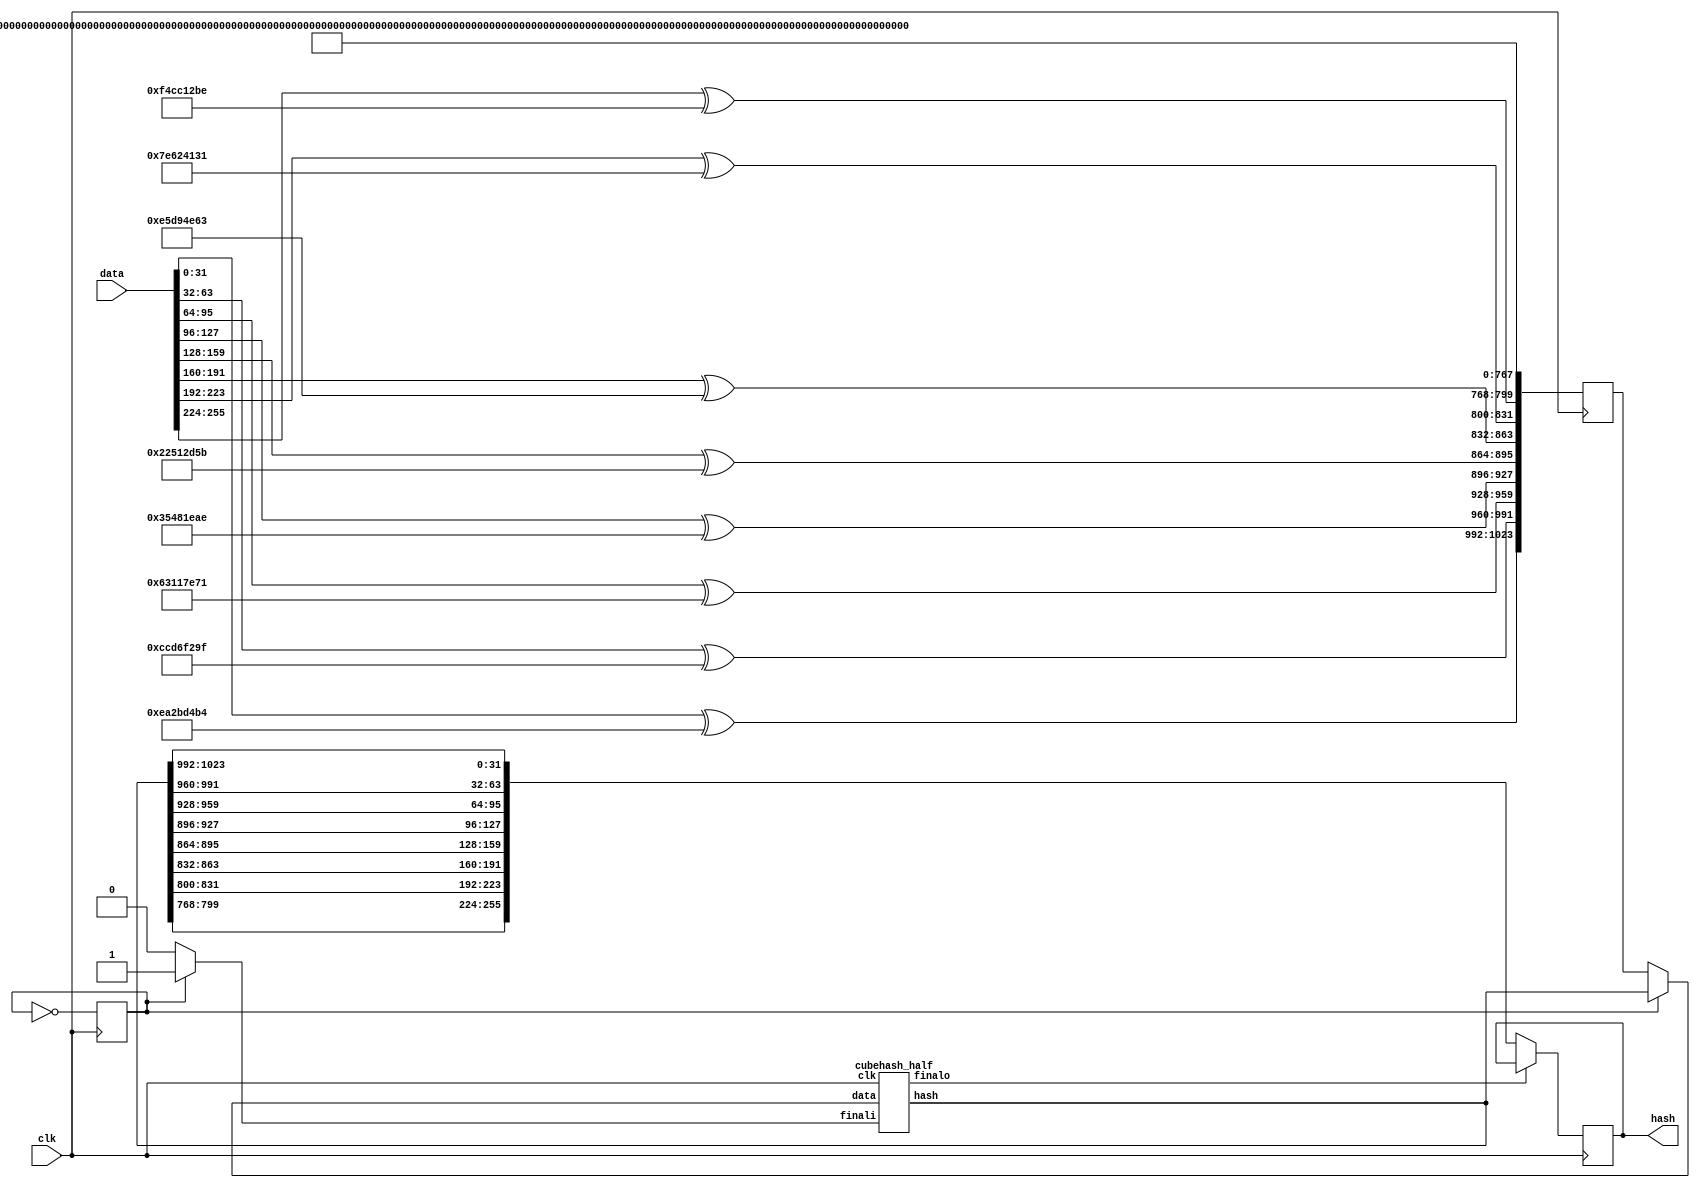
module cubehash (
	input clk,
	input [255:0] data,
	output [255:0] hash
);
	
	wire [255:0] data_le = data;
	reg [255:0] hash_le;

	assign hash = hash_le;


	reg [1023:0] i0;

	wire [1023:0] data_out;
	wire [1023:0] data_in;
	wire finalo;
	reg [1023:0] data_out_loop;
	wire finali;
	
	reg state = 0;
	
	always @(posedge clk)
	begin
		state <= ~state;
		data_out_loop <= data_out;
	end
	assign data_in = (~state) ? i0 : data_out;
	assign finali = (~state) ? 1'b0 : 1'b1;
	
	cubehash_half cubehash_half_inst(clk, finali, data_in, data_out, finalo);
	
	always @ (posedge clk) begin

		i0[1023:992] <= data_le[  0 +: 32] ^ 32'hEA2BD4B4;
		i0[991:960]  <= data_le[ 32 +: 32] ^ 32'hCCD6F29F;
		i0[959:928]  <= data_le[ 64 +: 32] ^ 32'h63117E71;
		i0[927:896]  <= data_le[ 96 +: 32] ^ 32'h35481EAE;
		i0[895:864]  <= data_le[128 +: 32] ^ 32'h22512D5B;
		i0[863:832]  <= data_le[160 +: 32] ^ 32'hE5D94E63;
		i0[831:800]  <= data_le[192 +: 32] ^ 32'h7E624131;
		i0[799:768]  <= data_le[224 +: 32] ^ 32'hF4CC12BE;
		i0[767:  0]  <= {32'hC2D0B696, 32'h42AF2070, 32'hD0720C35, 32'h3361DA8C,
							  32'h28CCECA4, 32'h8EF8AD83, 32'h4680AC00, 32'h40E5FBAB, 
							  32'hD89041C3, 32'h6107FBD5,	32'h6C859D41, 32'hF0B26679, 
							  32'h09392549, 32'h5FA25603, 32'h65C892FD, 32'h93CB6285,
							  32'h2AF2B5AE, 32'h9E4B4E60, 32'h774ABFDD, 32'h85254725, 
							  32'h15815AEB, 32'h4AB6AAD6, 32'h9CDAF8AF, 32'hD6032C0A};
		if (~finalo)
			hash_le <= {
				data_out[799:768],
				data_out[831:800],
				data_out[863:832],
				data_out[895:864],
				data_out[927:896],
				data_out[959:928],
				data_out[991:960],
				data_out[1023:992]
			};
	end

endmodule
///////////////////////////////////////////////
module cubehash_half (
	input clk,
	
	input finali,
	input [1023:0] data,
	output reg [1023:0] hash,
	output finalo
);
	localparam DELAY = 107;
	integer j;

	reg final_temp[0:DELAY];
	always @(posedge clk)
	begin				  
		 final_temp[0] <= finali;
		 for (j = 0; j < DELAY; j = j + 1)
			  final_temp[j+1] <= final_temp[j];
	end
	assign finalo = final_temp[DELAY];
	

	reg [1023:0] i0,i1,i2,i3,i4,i5;
	wire [1023:0] o0,o1,o2,o3,o4,o5;
	
	cube_round cr0 (clk, i0, o0);
	cube_round cr1 (clk, i1, o1);
	cube_round cr2 (clk, i2, o2);
	cube_round cr3 (clk, i3, o3);
	cube_round cr4 (clk, i4, o4);
	cube_round cr5 (clk, i5, o5);
	
	always @(*)
	begin
		i0 = data;
		hash = o5;
	end
	
	always @(posedge clk)
	begin
		if (~final_temp[15])
			begin
				i1[1023:1000] <= o0[1023:1000];
				i1[999:992] <= o0[999:992] ^ 8'h80;
				i1[991:  0] <= o0[991:  0];
			end
		else
			begin
				i1 <= o0;
			end
			
		if (~final_temp[32])
			begin
				i2 <= o1;
				i2[1023:8] <= o1[1023:8];
				i2[7:0] <= o1[7:0] ^ 8'h01;
			end
		else
			begin
				i2 <= o1;
			end
		
		i3 <= o2;
		i4 <= o3;
		i5 <= o4;
	end
endmodule
///////////////////////////////////////////////
module cube_round (
	input clk,
	input [1023:0] in,
	output [1023:0] out
);

	wire [1023:0] r0, r1, r2, r3, r4, r5, r6;
	
	cube_round_mix rm0 (clk, in, r0);
	cube_round_mix rm1 (clk, r0, r1);
	cube_round_mix rm2 (clk, r1, r2);
	cube_round_mix rm3 (clk, r2, r3);
	cube_round_mix rm4 (clk, r3, r4);
	cube_round_mix rm5 (clk, r4, r5);
	cube_round_mix rm6 (clk, r5, r6);
	cube_round_mix rm7 (clk, r6, out);

endmodule

module cube_round_mix (
	input clk,
	input [1023:0] in,
	output [1023:0] out
);

	wire [1023:0] rm;

	cube_round_mix_1 rm1 (clk, in, rm);
	cube_round_mix_2 rm2 (clk, rm, out);

endmodule

module cube_round_mix_1 (
	input clk,
	input [1023:0] in,
	output [1023:0] out
);

	reg [31:0] x0, x1, x2, x3, x4, x5, x6, x7;
	reg [31:0] x8, x9, xa, xb, xc, xd, xe, xf;
	reg [31:0] xg, xh, xi, xj, xk, xl, xm, xn;
	reg [31:0] xo, xp, xq, xr, xs, xt, xu, xv;
	
	assign out = { x0, x1, x2, x3, x4, x5, x6, x7, x8, x9, xa, xb, xc, xd, xe, xf, xg, xh, xi, xj, xk, xl, xm, xn, xo, xp, xq, xr, xs, xt, xu, xv };

	always @ (posedge clk) begin
	
		{ x0, x1, x2, x3, x4, x5, x6, x7, x8, x9, xa, xb, xc, xd, xe, xf, xg, xh, xi, xj, xk, xl, xm, xn, xo, xp, xq, xr, xs, xt, xu, xv } = in;

		xg = x0 + xg;
		x0 = { x0[24:0], x0[31:25] };
		xh = x1 + xh;
		x1 = { x1[24:0], x1[31:25] };
		xi = x2 + xi;
		x2 = { x2[24:0], x2[31:25] };
		xj = x3 + xj;
		x3 = { x3[24:0], x3[31:25] };
		xk = x4 + xk;
		x4 = { x4[24:0], x4[31:25] };
		xl = x5 + xl;
		x5 = { x5[24:0], x5[31:25] };
		xm = x6 + xm;
		x6 = { x6[24:0], x6[31:25] };
		xn = x7 + xn;
		x7 = { x7[24:0], x7[31:25] };
		xo = x8 + xo;
		x8 = { x8[24:0], x8[31:25] };
		xp = x9 + xp;
		x9 = { x9[24:0], x9[31:25] };
		xq = xa + xq;
		xa = { xa[24:0], xa[31:25] };
		xr = xb + xr;
		xb = { xb[24:0], xb[31:25] };
		xs = xc + xs;
		xc = { xc[24:0], xc[31:25] };
		xt = xd + xt;
		xd = { xd[24:0], xd[31:25] };
		xu = xe + xu;
		xe = { xe[24:0], xe[31:25] };
		xv = xf + xv;
		xf = { xf[24:0], xf[31:25] };
		x8 = x8 ^ xg;
		x9 = x9 ^ xh;
		xa = xa ^ xi;
		xb = xb ^ xj;
		xc = xc ^ xk;
		xd = xd ^ xl;
		xe = xe ^ xm;
		xf = xf ^ xn;
		x0 = x0 ^ xo;
		x1 = x1 ^ xp;
		x2 = x2 ^ xq;
		x3 = x3 ^ xr;
		x4 = x4 ^ xs;
		x5 = x5 ^ xt;
		x6 = x6 ^ xu;
		x7 = x7 ^ xv;
		xi = x8 + xi;
		x8 = { x8[20:0], x8[31:21] };
		xj = x9 + xj;
		x9 = { x9[20:0], x9[31:21] };
		xg = xa + xg;
		xa = { xa[20:0], xa[31:21] };
		xh = xb + xh;
		xb = { xb[20:0], xb[31:21] };
		xm = xc + xm;
		xc = { xc[20:0], xc[31:21] };
		xn = xd + xn;
		xd = { xd[20:0], xd[31:21] };
		xk = xe + xk;
		xe = { xe[20:0], xe[31:21] };
		xl = xf + xl;
		xf = { xf[20:0], xf[31:21] };
		xq = x0 + xq;
		x0 = { x0[20:0], x0[31:21] };
		xr = x1 + xr;
		x1 = { x1[20:0], x1[31:21] };
		xo = x2 + xo;
		x2 = { x2[20:0], x2[31:21] };
		xp = x3 + xp;
		x3 = { x3[20:0], x3[31:21] };
		xu = x4 + xu;
		x4 = { x4[20:0], x4[31:21] };
		xv = x5 + xv;
		x5 = { x5[20:0], x5[31:21] };
		xs = x6 + xs;
		x6 = { x6[20:0], x6[31:21] };
		xt = x7 + xt;
		x7 = { x7[20:0], x7[31:21] };
		xc = xc ^ xi;
		xd = xd ^ xj;
		xe = xe ^ xg;
		xf = xf ^ xh;
		x8 = x8 ^ xm;
		x9 = x9 ^ xn;
		xa = xa ^ xk;
		xb = xb ^ xl;
		x4 = x4 ^ xq;
		x5 = x5 ^ xr;
		x6 = x6 ^ xo;
		x7 = x7 ^ xp;
		x0 = x0 ^ xu;
		x1 = x1 ^ xv;
		x2 = x2 ^ xs;
		x3 = x3 ^ xt;

	end
	
endmodule

module cube_round_mix_2 (
	input clk,
	input [1023:0] in,
	output [1023:0] out
);

	reg [31:0] x0, x1, x2, x3, x4, x5, x6, x7;
	reg [31:0] x8, x9, xa, xb, xc, xd, xe, xf;
	reg [31:0] xg, xh, xi, xj, xk, xl, xm, xn;
	reg [31:0] xo, xp, xq, xr, xs, xt, xu, xv;
	
	assign out = { x0, x1, x2, x3, x4, x5, x6, x7, x8, x9, xa, xb, xc, xd, xe, xf, xg, xh, xi, xj, xk, xl, xm, xn, xo, xp, xq, xr, xs, xt, xu, xv };

	always @ (posedge clk) begin
	
		{ x0, x1, x2, x3, x4, x5, x6, x7, x8, x9, xa, xb, xc, xd, xe, xf, xg, xh, xi, xj, xk, xl, xm, xn, xo, xp, xq, xr, xs, xt, xu, xv } = in;

		xj = xc + xj;
		xc = { xc[24:0], xc[31:25] };
		xi = xd + xi;
		xd = { xd[24:0], xd[31:25] };
		xh = xe + xh;
		xe = { xe[24:0], xe[31:25] };
		xg = xf + xg;
		xf = { xf[24:0], xf[31:25] };
		xn = x8 + xn;
		x8 = { x8[24:0], x8[31:25] };
		xm = x9 + xm;
		x9 = { x9[24:0], x9[31:25] };
		xl = xa + xl;
		xa = { xa[24:0], xa[31:25] };
		xk = xb + xk;
		xb = { xb[24:0], xb[31:25] };
		xr = x4 + xr;
		x4 = { x4[24:0], x4[31:25] };
		xq = x5 + xq;
		x5 = { x5[24:0], x5[31:25] };
		xp = x6 + xp;
		x6 = { x6[24:0], x6[31:25] };
		xo = x7 + xo;
		x7 = { x7[24:0], x7[31:25] };
		xv = x0 + xv;
		x0 = { x0[24:0], x0[31:25] };
		xu = x1 + xu;
		x1 = { x1[24:0], x1[31:25] };
		xt = x2 + xt;
		x2 = { x2[24:0], x2[31:25] };
		xs = x3 + xs;
		x3 = { x3[24:0], x3[31:25] };
		x4 = x4 ^ xj;
		x5 = x5 ^ xi;
		x6 = x6 ^ xh;
		x7 = x7 ^ xg;
		x0 = x0 ^ xn;
		x1 = x1 ^ xm;
		x2 = x2 ^ xl;
		x3 = x3 ^ xk;
		xc = xc ^ xr;
		xd = xd ^ xq;
		xe = xe ^ xp;
		xf = xf ^ xo;
		x8 = x8 ^ xv;
		x9 = x9 ^ xu;
		xa = xa ^ xt;
		xb = xb ^ xs;
		xh = x4 + xh;
		x4 = { x4[20:0], x4[31:21] };
		xg = x5 + xg;
		x5 = { x5[20:0], x5[31:21] };
		xj = x6 + xj;
		x6 = { x6[20:0], x6[31:21] };
		xi = x7 + xi;
		x7 = { x7[20:0], x7[31:21] };
		xl = x0 + xl;
		x0 = { x0[20:0], x0[31:21] };
		xk = x1 + xk;
		x1 = { x1[20:0], x1[31:21] };
		xn = x2 + xn;
		x2 = { x2[20:0], x2[31:21] };
		xm = x3 + xm;
		x3 = { x3[20:0], x3[31:21] };
		xp = xc + xp;
		xc = { xc[20:0], xc[31:21] };
		xo = xd + xo;
		xd = { xd[20:0], xd[31:21] };
		xr = xe + xr;
		xe = { xe[20:0], xe[31:21] };
		xq = xf + xq;
		xf = { xf[20:0], xf[31:21] };
		xt = x8 + xt;
		x8 = { x8[20:0], x8[31:21] };
		xs = x9 + xs;
		x9 = { x9[20:0], x9[31:21] };
		xv = xa + xv;
		xa = { xa[20:0], xa[31:21] };
		xu = xb + xu;
		xb = { xb[20:0], xb[31:21] };
		x0 = x0 ^ xh;
		x1 = x1 ^ xg;
		x2 = x2 ^ xj;
		x3 = x3 ^ xi;
		x4 = x4 ^ xl;
		x5 = x5 ^ xk;
		x6 = x6 ^ xn;
		x7 = x7 ^ xm;
		x8 = x8 ^ xp;
		x9 = x9 ^ xo;
		xa = xa ^ xr;
		xb = xb ^ xq;
		xc = xc ^ xt;
		xd = xd ^ xs;
		xe = xe ^ xv;
		xf = xf ^ xu;

	end
	
endmodule